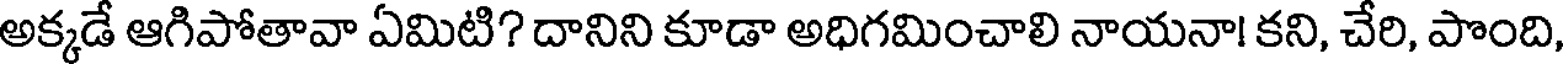
అక్కడే ఆగిపోతావా ఏమిటి? దానిని కూడా అధిగమించాలి నాయనా! కని, చేరి, పొంది